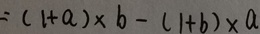
= ( 1 + a ) \times b - ( 1 + b ) \times a